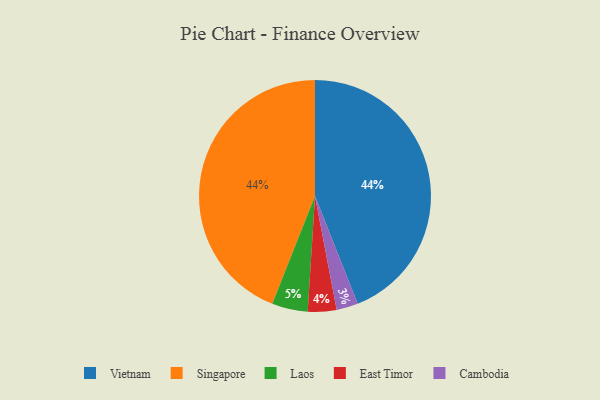
{"axis": {"x": "Category", "y": "Percentage"}, "legend": ["Cambodia", "East Timor", "Laos", "Singapore", "Vietnam"], "data": [{"x": "Cambodia", "y": 3, "type": "Cambodia"}, {"x": "Vietnam", "y": 44, "type": "Vietnam"}, {"x": "Laos", "y": 5, "type": "Laos"}, {"x": "East Timor", "y": 4, "type": "East Timor"}, {"x": "Singapore", "y": 44, "type": "Singapore"}]}